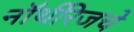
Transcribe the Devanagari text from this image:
नॉर्थरिजचे